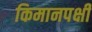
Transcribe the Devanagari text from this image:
किमानपक्षी